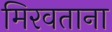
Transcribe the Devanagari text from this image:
मिरवताना